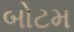
બોટમ